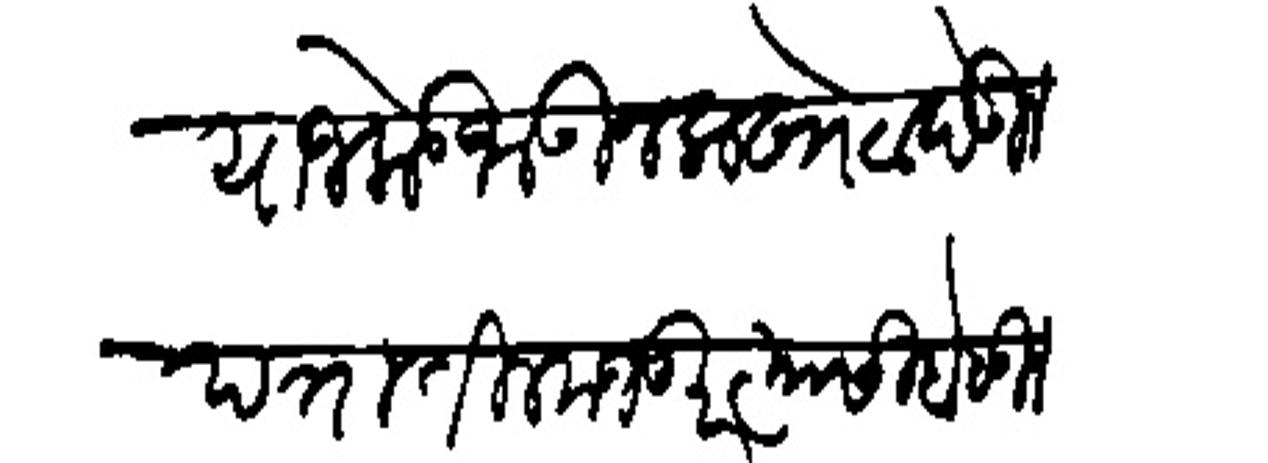
Transliteration (Devanagari): याजकडे जाऊन लाखोटा देऊन पत्रातील मजकूर त्यासी बोलून